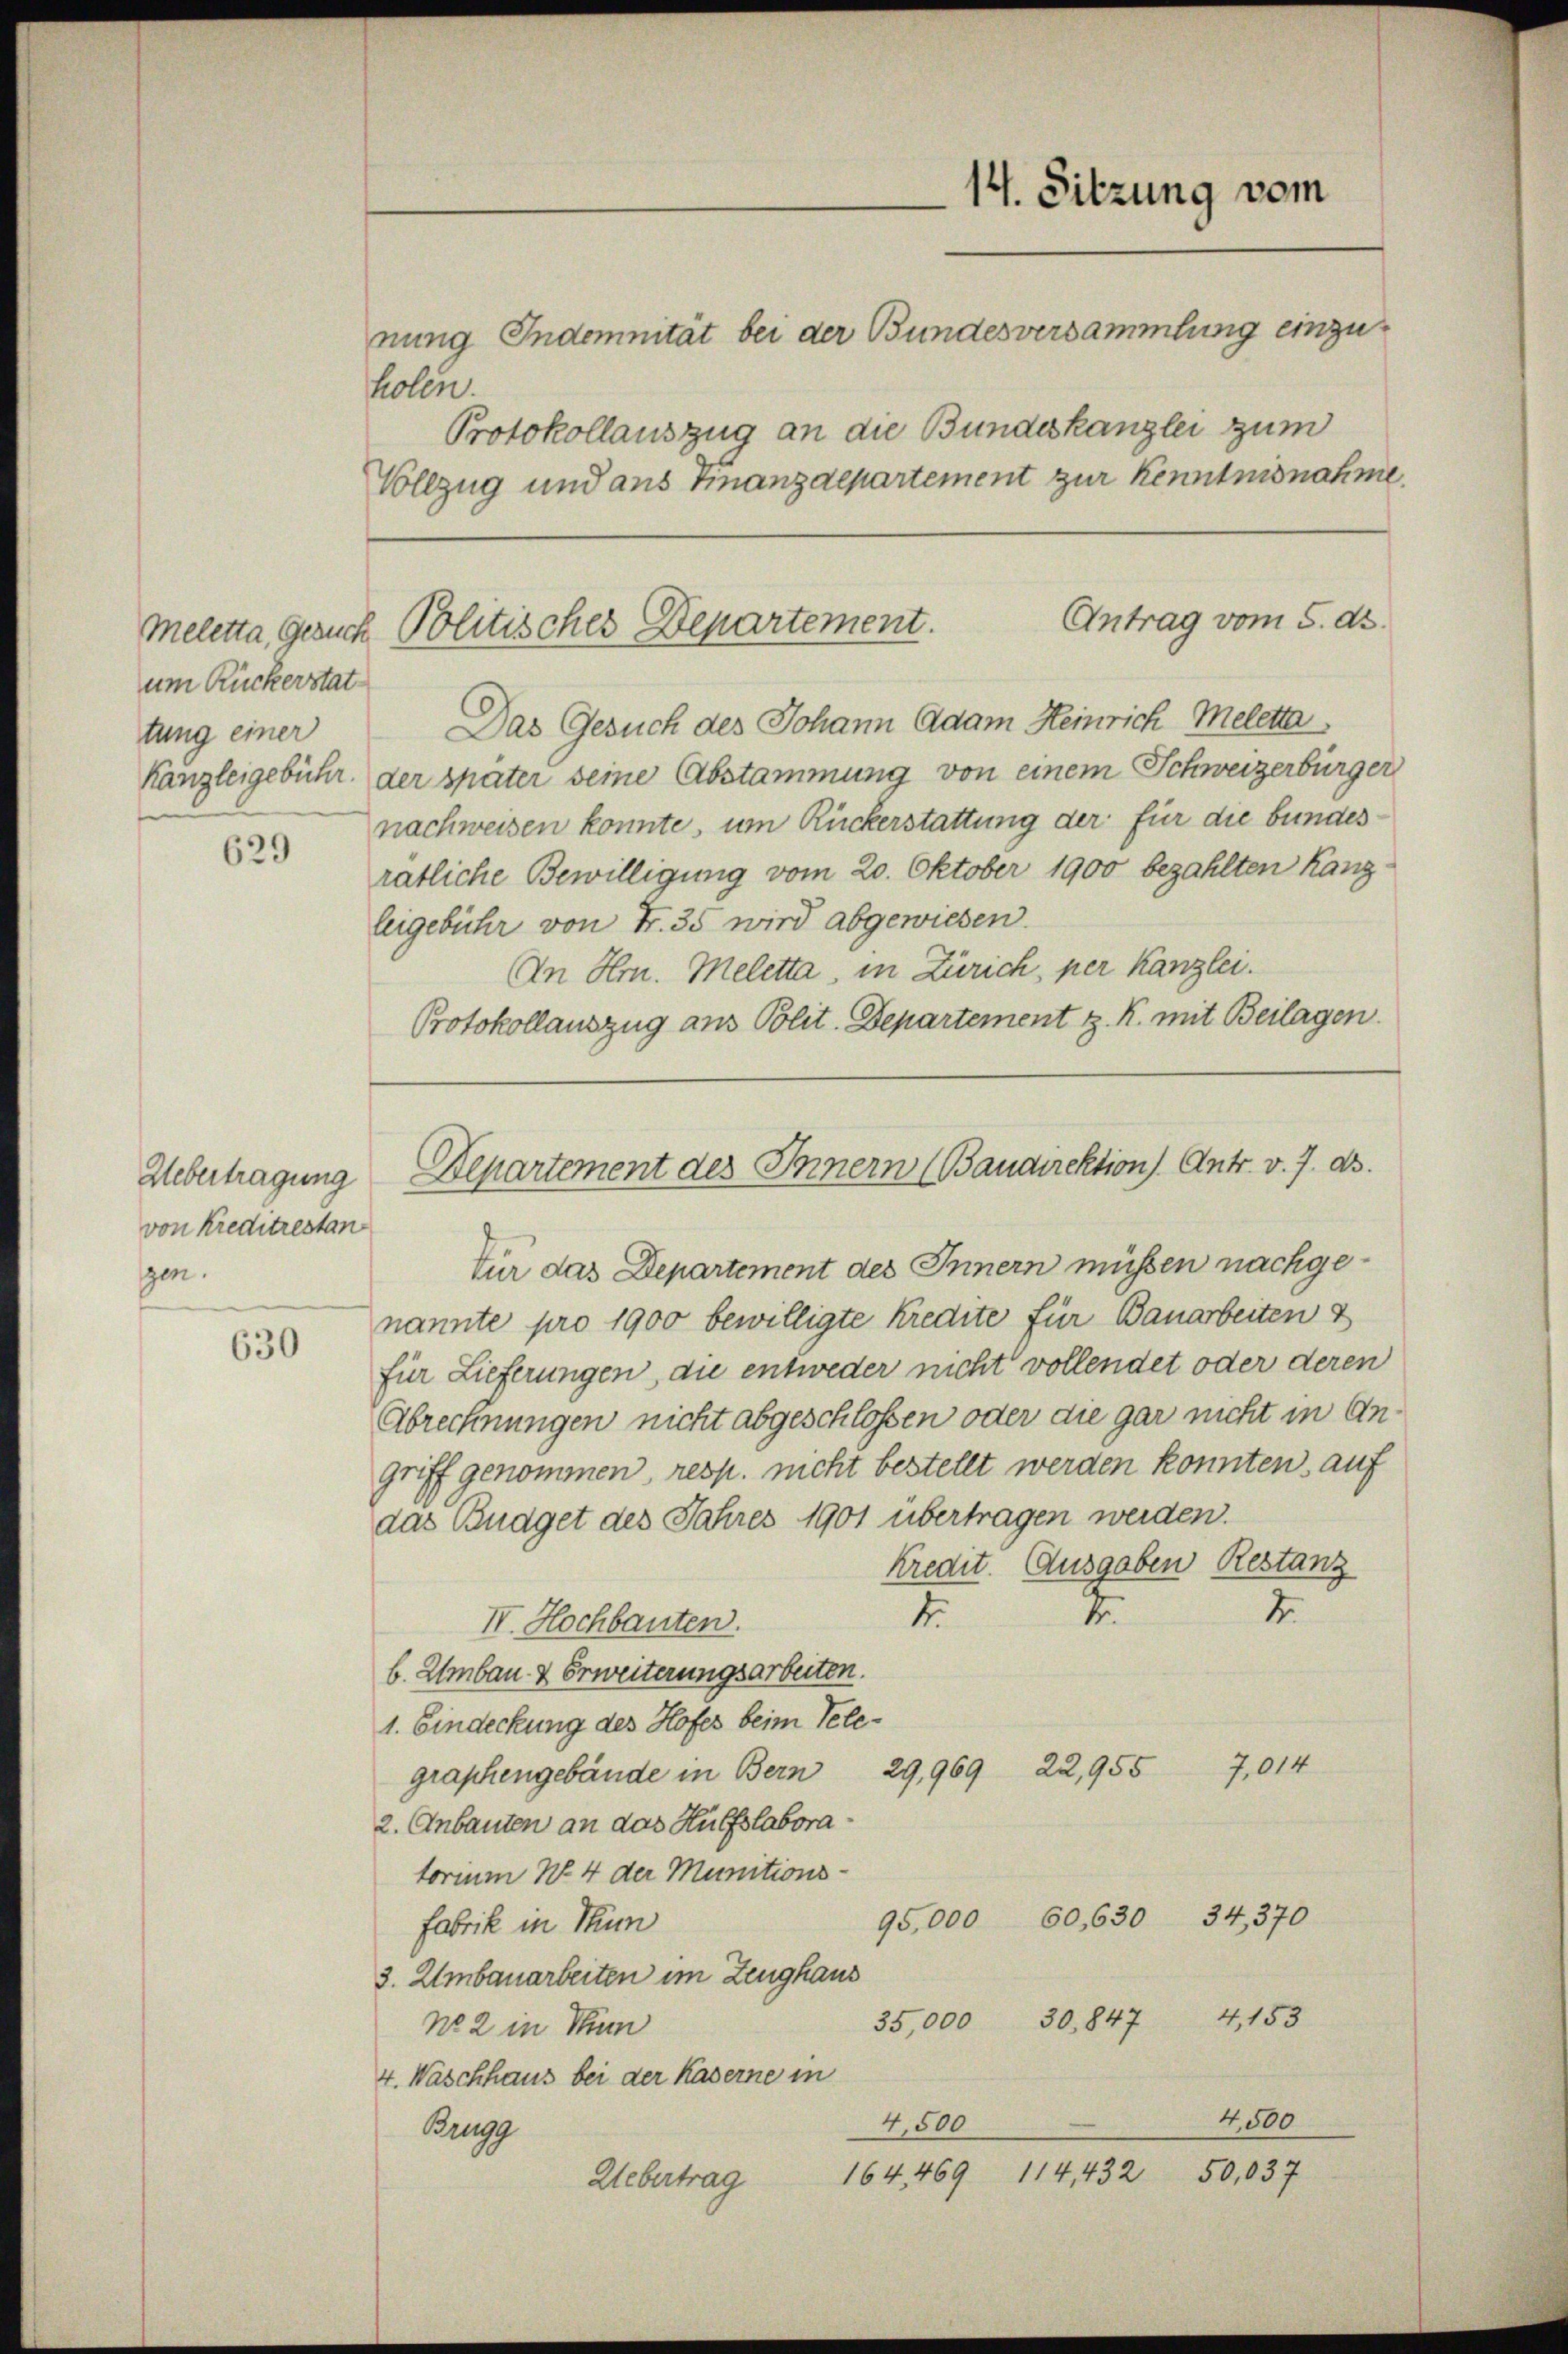
um Rückerstat
tung einer

629

Uebertragung
von Kreditrestan
gen.

630

nung Indemnität bei der Bundesversammlung einzuholen.
Protokollauszug an die Bundeskanzlei zum
Vollzug und aus Finanzdepartement zur Kenntnisnahme.

Das Gesuch des Johann Adam Heinrich Meletta
Kanzleigebühr. der später seine Abstammung von einem Schweizerbürger
nachweisen konnte, um Ruckerstattung der für die bundesrätliche Bewilligung vom 20. Oktober 1900 bezahlten Kanzleigebühr von Fr. 35 wird abgewiesen.
An Hrn. Meletta, in Zürich, per Kanzlei.
Protokollauszug aus Polit. Departement z. R. mit Beilagen.

14. Sitzung vom

Antrag vom 5. ds.
meletta Gesuch Politisches Departement.

Departement des Innern (Baudirektion) Antr. v. 7. ds.

tür das Departement des Innern müssen nachgenannte pro 1900 bewilligte Kredite für Bauarbeiten &
für Lieferungen, die entweder nicht vollendet oder deren
Abrechnungen nicht abgeschlossen oder die gar nicht in Angriff genommen, resp. nicht bestellt werden konnten, auf
das Budget des Jahres 1901 übertragen werden.
kredit. Ausgaben Restanz
4
4.
4
IV. Hochbauten.
b. Umbau & Erweiterungsarbeiten.
1. Eindeckung des Hofes beim Telegraphengebäude in Bern 29,969 22,955 7,014
2. Anbauten an das Hülfslabora
torium No. 4 der Munitions-
95,000 60,630 34,370
Fabrik in Sum
3. Umbauarbeiten im Zeughaus
35,000 30,847 4,153
No 2 in Stun
4. Waschhaus bei der Kaserne in
4500
4,500
Brugg
164. 469 114,432 50,037
Uebertrag